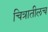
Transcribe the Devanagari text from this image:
चित्रातीलच